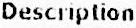
DESCRIPTION